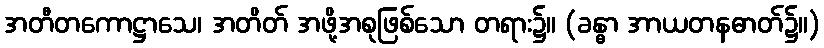
အတီတကောဋ္ဌာသေ၊ အတိတ် အဖို့အစုဖြစ်သော တရား၌။ (ခန္ဓာ အာယတနဓာတ်၌။)